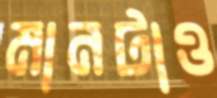
মানটাও